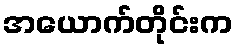
အယောက်တိုင်းက